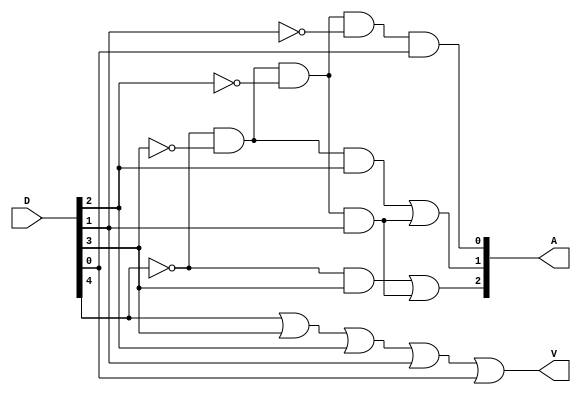
module Lab2_encoder_5bit_gate_level(input [0:4] D, output [0:2] A, output V);
	wire w0, w1, w2, w3;
	wire [0:4] not_D;
	
	not (not_D[0], D[0]), (not_D[1], D[1]), (not_D[2], D[2]), (not_D[3], D[3]), (not_D[4], D[4]);
	
	//A[2]
	and (A[2], not_D[0], not_D[1], not_D[2], not_D[3], D[4]);
	
	//A[1]
	and (w1, not_D[0], not_D[1], D[2]);
	and (w2, not_D[0], not_D[1], not_D[2], D[3]);
	or (A[1], w1, w2);
	
	//A[0]
	and (w3, not_D[0], D[1]);
	or (A[0], w3, w2);
	
	//V
	or (V, D[0], D[1], D[2], D[3], D[4]);
	
endmodule